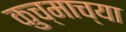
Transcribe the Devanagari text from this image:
कुच्माच्या